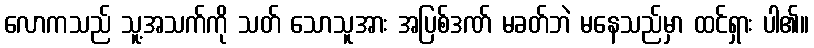
လောကသည် သူ့အသက်ကို သတ် သောသူအား အပြစ်ဒဏ် မခတ်ဘဲ မနေသည်မှာ ထင်ရှား ပါ၏။